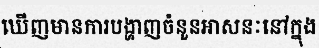
ឃើញមានការបង្ហាញចំនួនអាសនៈនៅក្នុង